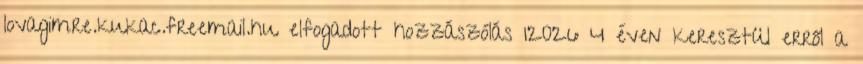
lovagimre.kukac.freemail.hu elfogadott hozzászólás 12026 4 éven keresztül erről a